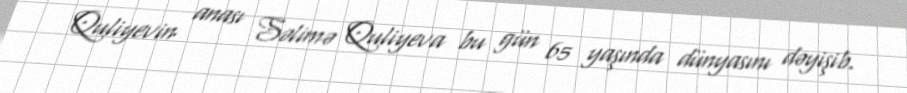
Quliyevin anası Səlimə Quliyeva bu gün 65 yaşında dünyasını dəyişib.